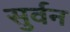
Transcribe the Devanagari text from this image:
सुर्वन